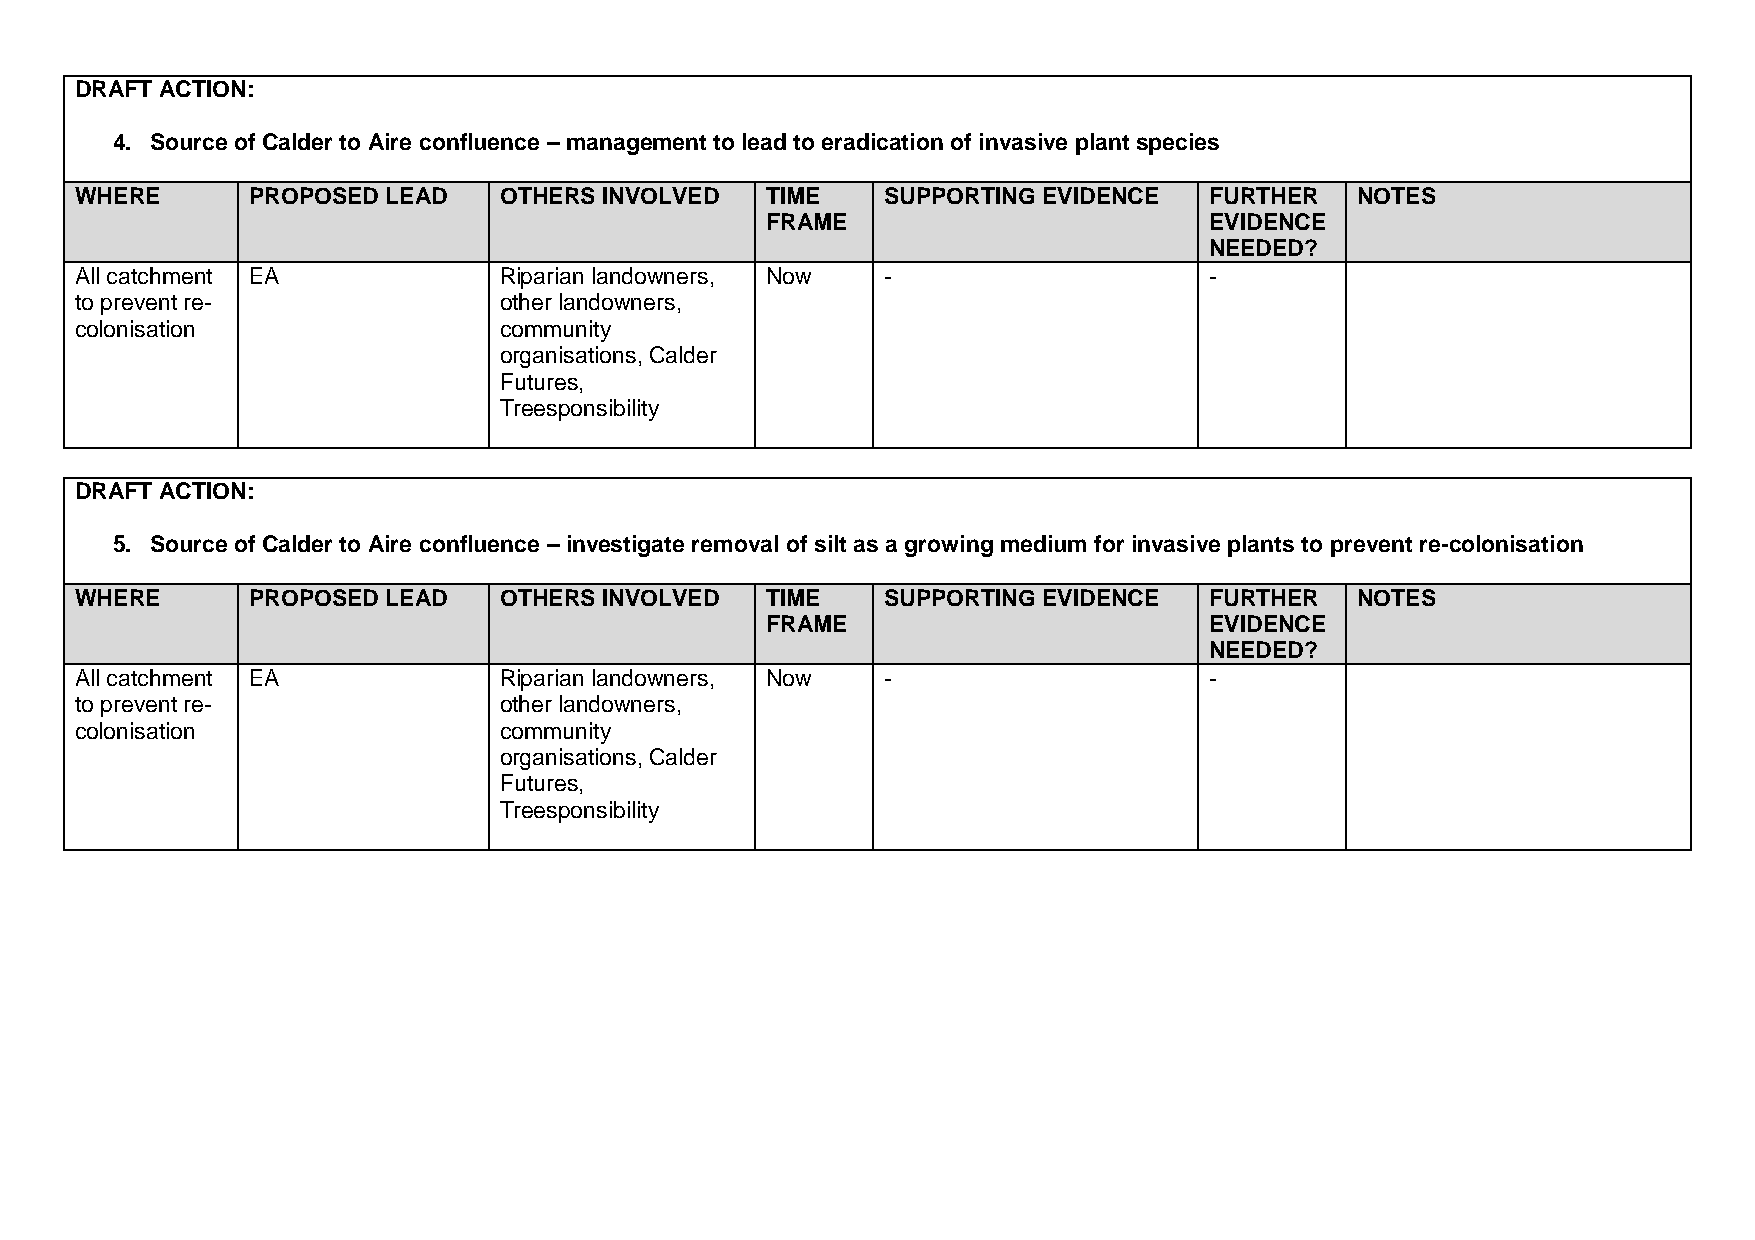
DRAFT ACTION:
 4. Source of Calder to Aire confluence – management to lead to eradication of invasive plant species
 WHERE      PROPOSED  LEAD   OTHERS INVOLVED   TIME    SUPPORTING EVIDENCE  FURTHER   NOTES
 FRAME                        EVIDENCE
 NEEDED?
 All catchment EA            Riparian landowners, Now  -                    -
 to prevent re-              other landowners,
 colonisation                community
 organisations, Calder
 Futures,
 Treesponsibility
 DRAFT ACTION:
 5. Source of Calder to Aire confluence – investigate removal of silt as a growing medium for invasive plants to prevent re-colonisation
 WHERE      PROPOSED  LEAD   OTHERS INVOLVED   TIME    SUPPORTING EVIDENCE  FURTHER   NOTES
 FRAME                        EVIDENCE
 NEEDED?
 All catchment EA            Riparian landowners, Now  -                    -
 to prevent re-              other landowners,
 colonisation                community
 organisations, Calder
 Futures,
 Treesponsibility